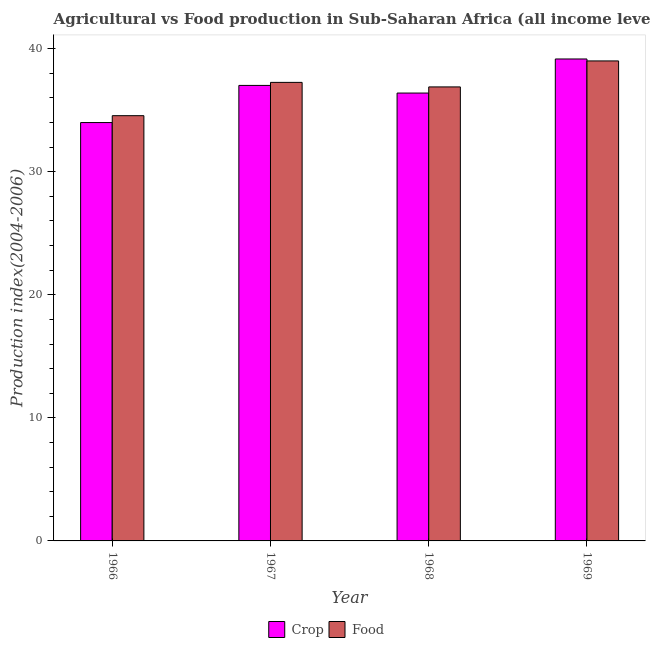
| Year | Crop | Food |
 | --- | --- | --- |
 | 1966 | 34 | 34.6 |
 | 1967 | 37 | 37.3 |
 | 1968 | 36.4 | 36.9 |
 | 1969 | 39.2 | 39 |